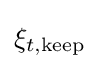
\xi _{t,{\text{keep}}}